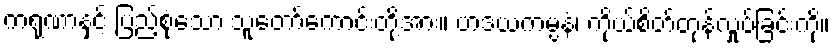
ကရုဏာနှင့် ပြည့်စုံသော သူတော်ကောင်းတို့အား။ ဟဒယကမ္ပနံ၊ ကိုယ်စိတ်တုန်လှုပ်ခြင်းကို။